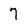
Character: 7